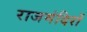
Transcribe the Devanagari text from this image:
राजमंदिरों